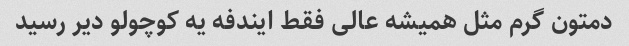
دمتون گرم مثل همیشه عالی فقط ایندفه یه کوچولو دیر رسید